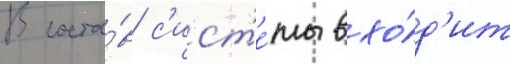
В соста́в с'ист'е́мы вхо́д'ит